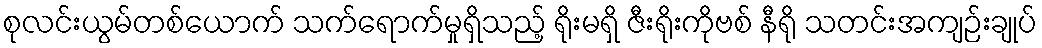
စုလင်းယွမ်တစ်ယောက် သက်ရောက်မှုရှိသည့် ရိုးမရှိ ဇီးရိုးကိုဗစ် နီရို သတင်းအကျဉ်းချုပ်